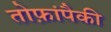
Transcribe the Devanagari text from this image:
तोफ़ांपैकी